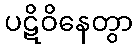
ပဋိဝိနေတွာ